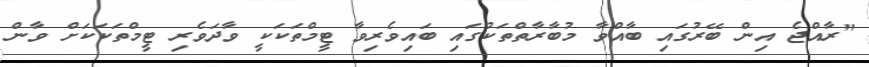
"ރާއްޖެ އިން ބޭރުގައި ބާއްވާ މުބާރާތްތަކުގައި ބައިވެރިވާ ޓީމްތަކަކީ ވާދަވެރި ޓީމްތަކަކަށް ވާން